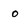
Character: 0